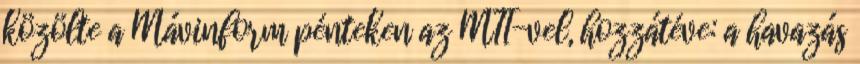
közölte a Mávinform pénteken az MTI-vel, hozzátéve: a havazás